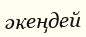
әкеңдей